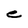
Character: e